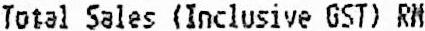
TOTAL SALES (INCLUSIVE GST) RM